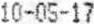
10-05-17